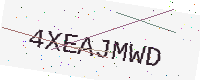
Text: 4XEAJMWD